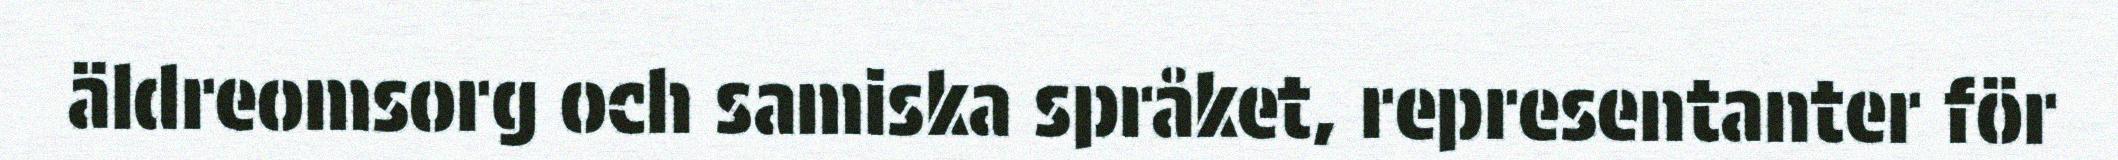
äldreomsorg och samiska språket, representanter för